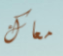
معاك